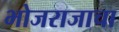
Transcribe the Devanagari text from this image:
भोजराजाचा